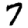
Digit: 7